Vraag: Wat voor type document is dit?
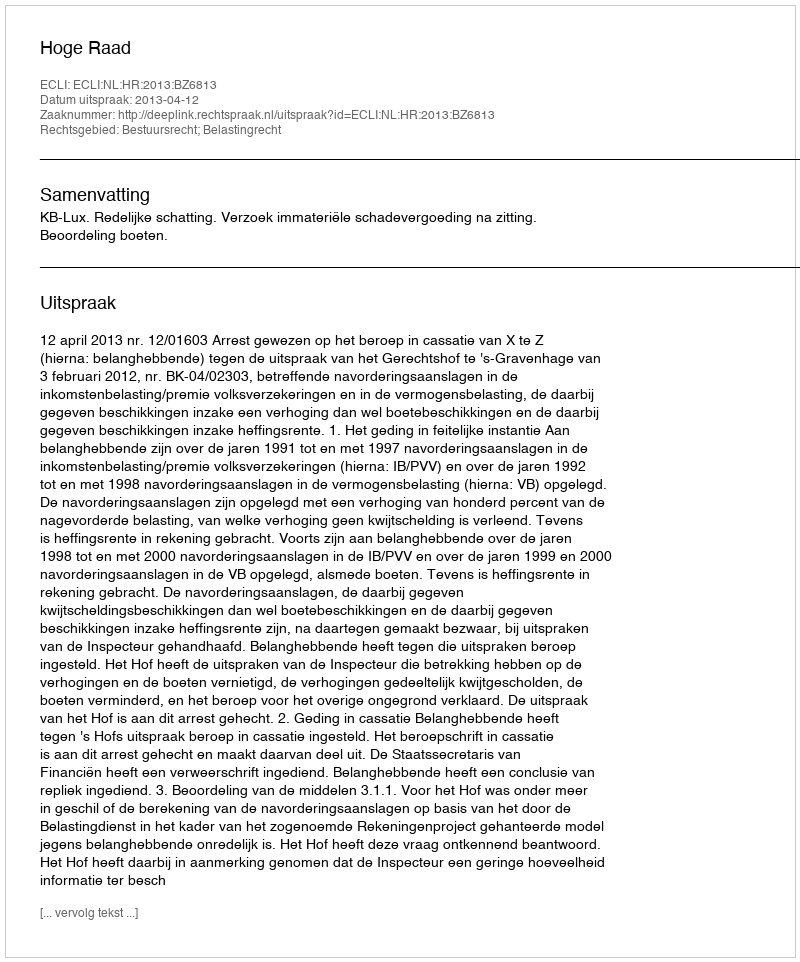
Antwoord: Uitspraak